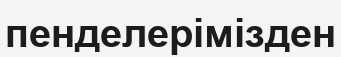
пенделерімізден